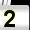
Digit: 2